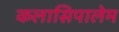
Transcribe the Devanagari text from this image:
कलासिपालेम